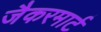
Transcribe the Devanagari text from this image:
जैकरमार्ट